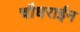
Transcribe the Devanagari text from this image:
चौधराईन